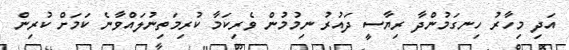
އަދި މިހާރު ހިނގަމުންދާ ރިޔާސީ ދައުރު ނިމުމުން ވެރިކަމާ ކުރިމަތިނުލައްވާނެ ކަމަށް ކުރިން